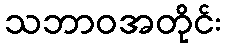
သဘာဝအတိုင်း